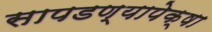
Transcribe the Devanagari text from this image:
सापडण्यापेक्षा